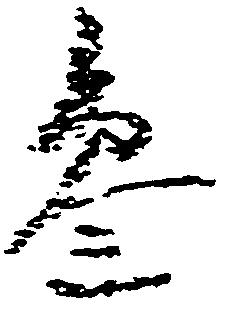
参